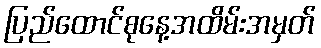
ပြည်ထောင်စုနေ့အထိမ်းအမှတ်